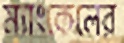
ম্যাংকেলের